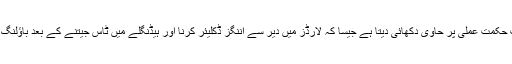
ناکامی کا خوف حکمت عملی پر حاوی دکھائی دیتا ہے جیسا کہ لارڈز میں دیر سے اننگز ڈکلیئر کرنا اور ہیڈنگلے میں ٹاس جیتنے کے بعد باؤلنگ کا فیصلہ کرنا۔